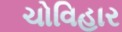
ચોવિહાર